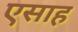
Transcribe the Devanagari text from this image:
एसाह